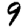
Digit: 9